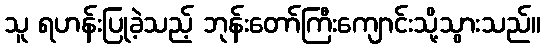
သူ ရဟန်းပြုခဲ့သည့် ဘုန်းတော်ကြီးကျောင်းသို့သွားသည်။